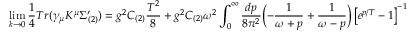
\operatorname * { l i m } _ { k \rightarrow 0 } { \frac { 1 } { 4 } } T r ( \gamma _ { \mu } K ^ { \mu } \Sigma _ { ( 2 ) } ^ { \prime } ) = g ^ { 2 } C _ { ( 2 ) } { \frac { T ^ { 2 } } { 8 } } + g ^ { 2 } C _ { ( 2 ) } \omega ^ { 2 } \int _ { 0 } ^ { \infty } { \frac { d p } { 8 \pi ^ { 2 } } } \biggl ( - { \frac { 1 } { \omega + p } } + { \frac { 1 } { \omega - p } } \biggr ) \left[ e ^ { p / T } - 1 \right] ^ { - 1 }